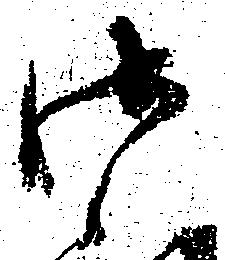
御